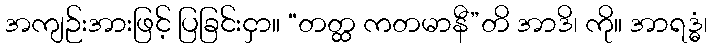
အကျဉ်းအားဖြင့် ပြခြင်းငှာ။ “တတ္ထ ကတမာနီ”တိ အာဒိ၊ ကို။ အာရဒ္ဓံ၊